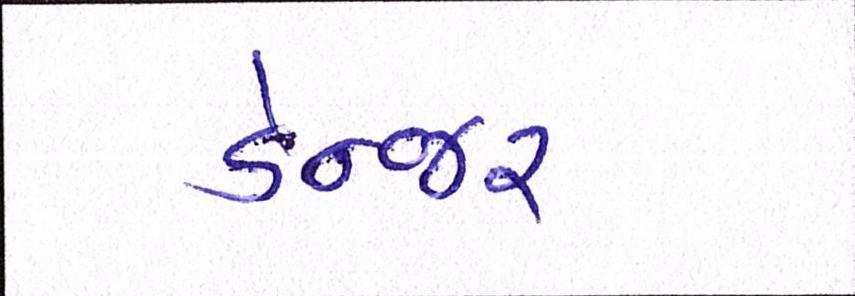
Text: ડેન્જર